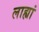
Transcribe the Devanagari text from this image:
लाह्यां